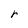
Character: r